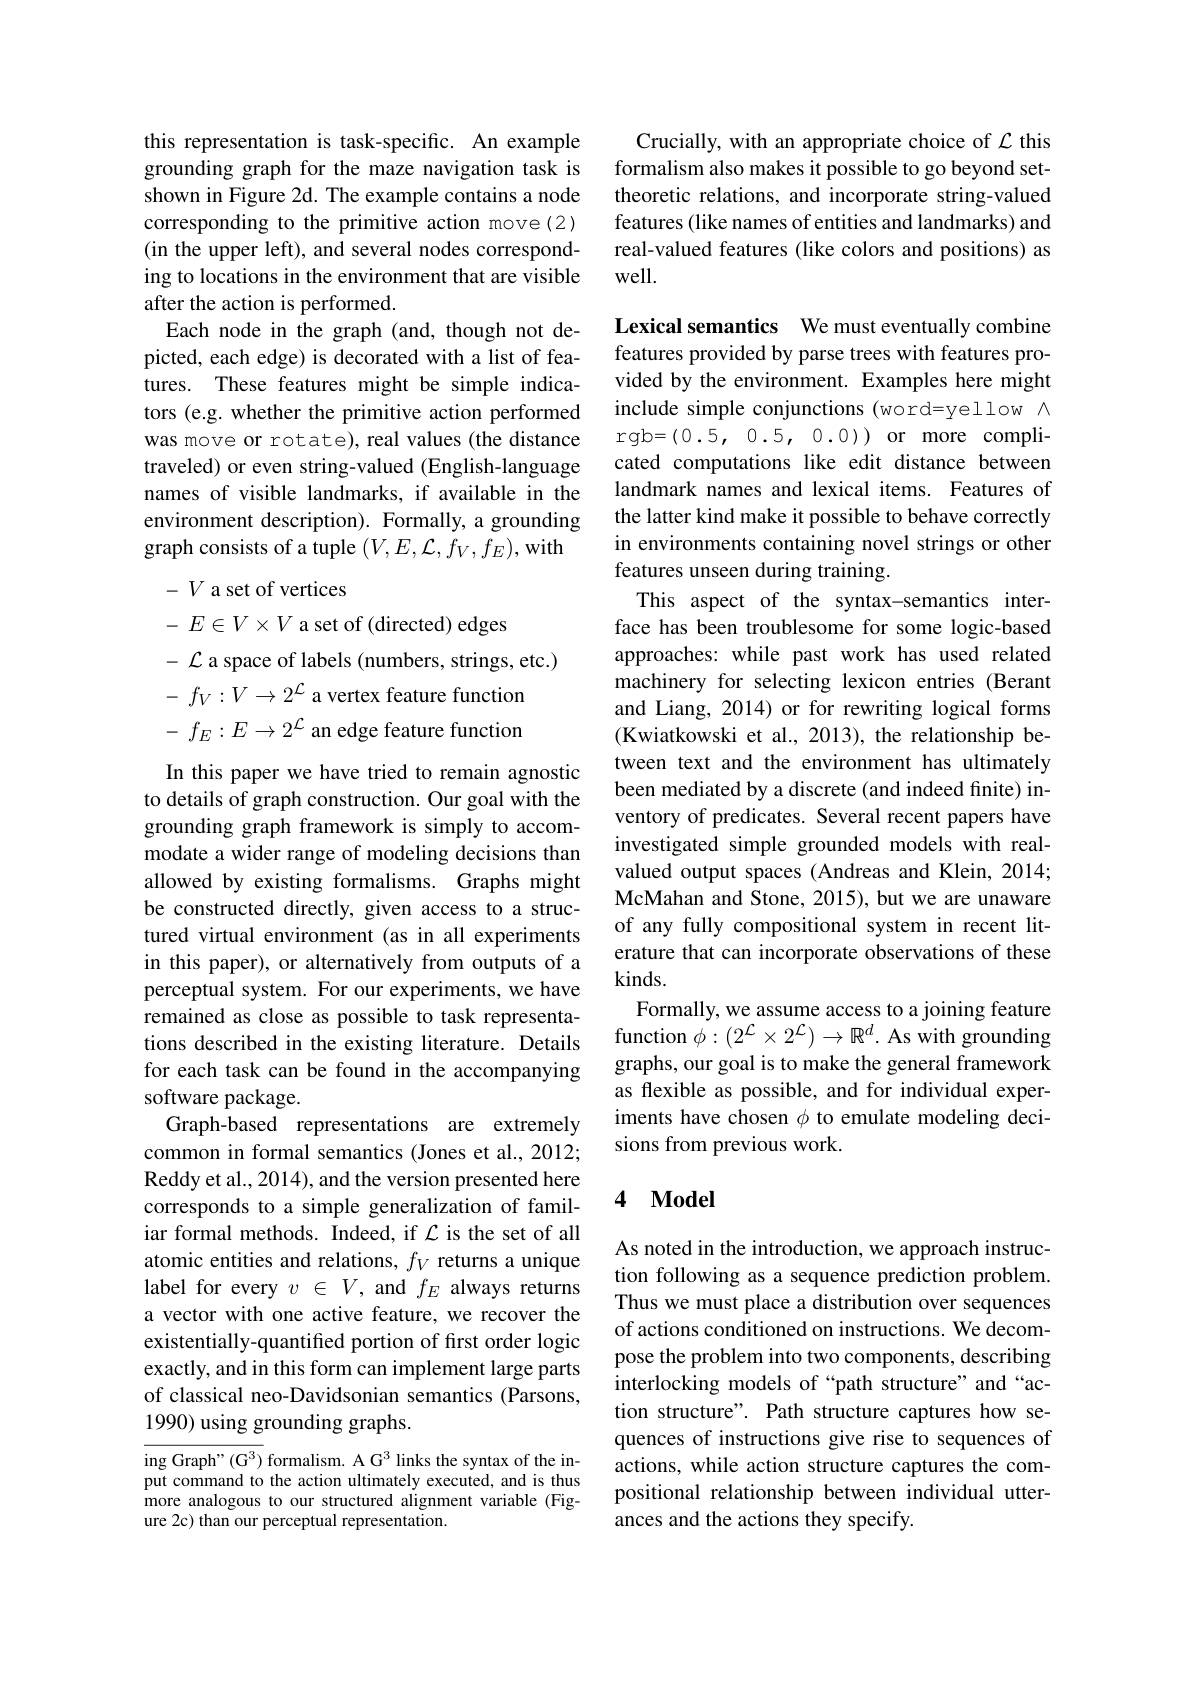
this representation is task-specific. An example grounding graph for the maze navigation task is shown in Figure 2d. The example contains a node corresponding to the primitive action move(2) (in the upper left), and several nodes corresponding to locations in the environment that are visible after the action is performed.
Each node in the graph (and, though not depicted, each edge) is decorated with a list of features. These features might be simple indicators (e.g. whether the primitive action performed was move or rotate), real values (the distance traveled) or even string-valued (English-language names of visible landmarks, if available in the environment description). Formally, a grounding graph consists of a tuple $(V,E,\mathcal{L},f_V,f_E)$,with

$-V$ a set of vertices

- $E\in V\times V$ a set of (directed) edges

$-{\mathcal{L}}$ a space of labels (numbers, strings, etc.)

- $f_V: V\to 2^{\mathcal{L} }$ a vertex feature function

$-{f_E:E\to2^{\mathcal{L}}\text{ an edge feature function}}$
In this paper we have tried to remain agnostic to details of graph construction. Our goal with the grounding graph framework is simply to accommodate a wider range of modeling decisions than allowed by existing formalisms. Graphs might be constructed directly, given access to a structured virtual environment (as in all experiments in this paper), or alternatively from outputs of a perceptual system. For our experiments, we have remained as close as possible to task representations described in the existing literature. Details for each task can be found in the accompanying software package.
Graph-based representations are extremely common in formal semantics (Jones et al., 2012; Reddy et al., 2014), and the version presented here corresponds to a simple generalization of familiar formal methods. Indeed, if $\mathcal{L}$ is the set of all atomic entities and relations, $f_V$ returns a unique label for every $v\in V$, and $f_E$ always returns a vector with one active feature, we recover the existentially-quantified portion of first order logic exactly, and in this form can implement large parts of classical neo-Davidsonian semantics (Parsons, 1990) using grounding graphs.
ing Graph" $(\mathrm{G}^3)$ formalism. A G$^3$ links the syntax of the in-

put command to the action ultimately executed, and is thus more analogous to our structured alignment variable (Figure 2c) than our perceptual representation.

Crucially, with an appropriate choice of $\mathcal{L}$ this formalism also makes it possible to go beyond settheoretic relations, and incorporate string-valued features (like names of entities and landmarks) and real-valued features (like colors and positions) as well.

Lexical semantics We must eventually combine features provided by parse trees with features provided by the environment. Examples here might include simple conjunctions (word=yellow $\wedge$ rgb=(0.5,0.5,0.0))or more complicated computations like edit distance between landmark names and lexical items. Features of the latter kind make it possible to behave correctly in environments containing novel strings or other features unseen during training.
This aspect of the syntax-semantics interface has been troublesome for some logic-based approaches: while past work has used related machinery for selecting lexicon entries (Berant and Liang, 2014) or for rewriting logical forms (Kwiatkowski et al., 2013), the relationship between text and the environment has ultimately been mediated by a discrete (and indeed finite) inventory of predicates. Several recent papers have investigated simple grounded models with realvalued output spaces (Andreas and Klein, 2014; McMahan and Stone, 2015), but we are unaware of any fully compositional system in recent literature that can incorporate observations of these $kinds.$
Formally, we assume access to a joining feature function $\phi:(2^{\mathcal{L}}\times2^{\mathcal{L}})\to\mathbb{R}^d.$ As with grounding graphs, our goal is to make the general framework as flexible as possible, and for individual experiments have chosen $\phi$ to emulate modeling decisions from previous work.

## 4 $\mathbf{Model}$

As noted in the introduction, we approach instruction following as a sequence prediction problem. Thus we must place a distribution over sequences of actions conditioned on instructions. We decompose the problem into two components, describing interlocking models of“path structure”and“action structure". Path structure captures how sequences of instructions give rise to sequences of actions, while action structure captures the compositional relationship between individual utterances and the actions they specify.